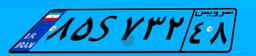
۸۵S۷۳۲۴۸